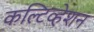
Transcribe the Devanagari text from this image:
कल्टिव्हेशन